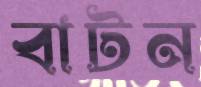
বাটন